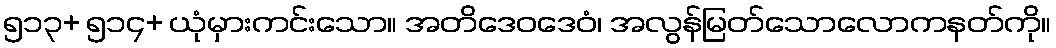
၅၁၃+ ၅၁၄+ ယုံမှားကင်းသော။ အတိဒေဝဒေဝံ၊ အလွန်မြတ်သောလောကနတ်ကို။